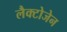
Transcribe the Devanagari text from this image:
लैक्टोजेन